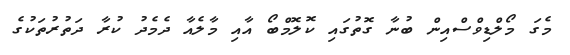
މެގަ މޯލްޑިވްސްއިން ބުނާ ގޮތުގައި ކޮލޮމްބޯ އާއި މާލެއާ ދެމެދު ކުރާ ދަތުރުތަކުގެ